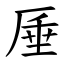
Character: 厜